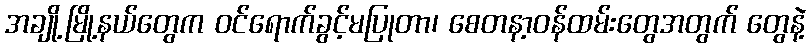
အချို့မြို့နယ်တွေက ဝင်ရောက်ခွင့်မပြုတာ၊ စေတနာ့ဝန်ထမ်းတွေအတွက် တွေနဲ့